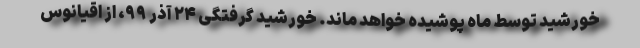
خورشید توسط ماه پوشیده خواهد ماند. خورشید گرفتگی ۲۴ آذر ۹۹، از اقیانوس